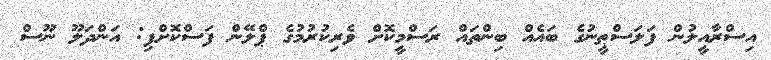
އިސްރާއީލުން ފަލަސްޠީނުގެ ބައެއް ބިންތައް ރަސްމީކޮށް ވެރިކުރުމުގެ ޕްލޭން ފަސްކޮށްފި: އަންދަލޫ ނޫސް